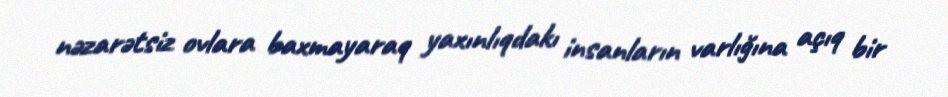
nəzarətsiz ovlara baxmayaraq yaxınlıqdakı insanların varlığına açıq bir